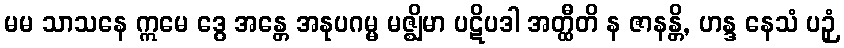
မမ သာသနေ ဣမေ ဒွေ အန္တေ အနုပဂမ္မ မဇ္ဈိမာ ပဋိပဒါ အတ္ထီတိ န ဇာနန္တိ, ဟန္ဒ နေသံ ပဉှံ